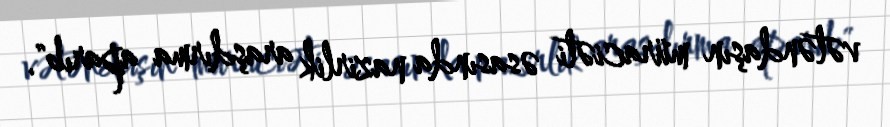
vətəndaşın müraciəti əsasında nazirlik araşdırma aparıb".